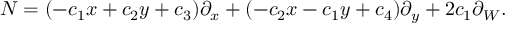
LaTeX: N = ( - c _ { 1 } x + c _ { 2 } y + c _ { 3 } ) \partial _ { x } + ( - c _ { 2 } x - c _ { 1 } y + c _ { 4 } ) \partial _ { y } + 2 c _ { 1 } \partial _ { W } .